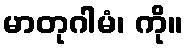
မာတုဂါမံ၊ ကို။